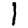
Digit: 1